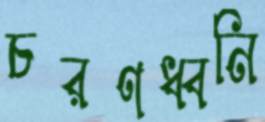
চরণধ্বনি